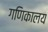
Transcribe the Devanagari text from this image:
गणिकालय